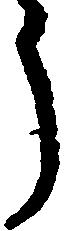
う